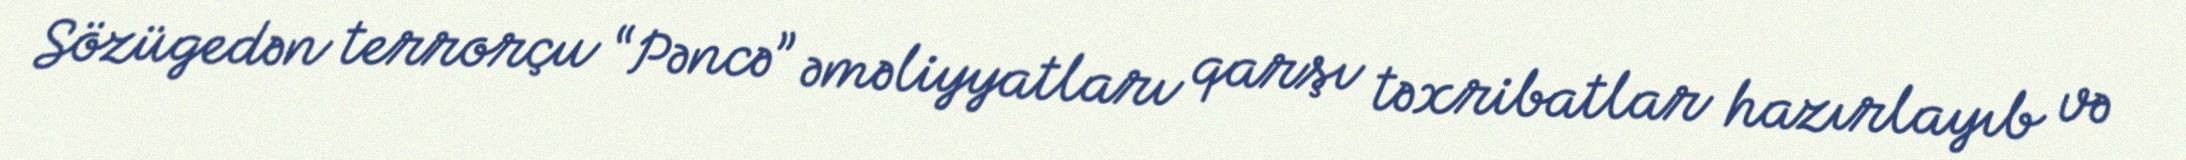
Sözügedən terrorçu “Pəncə” əməliyyatları qarşı təxribatlar hazırlayıb və